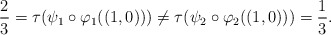
\begin{align*}\frac{2}{3}=\tau(\psi_1\circ\varphi_1((1,0)))\neq \tau(\psi_2\circ\varphi_2((1,0)))=\frac{1}{3}.\end{align*}